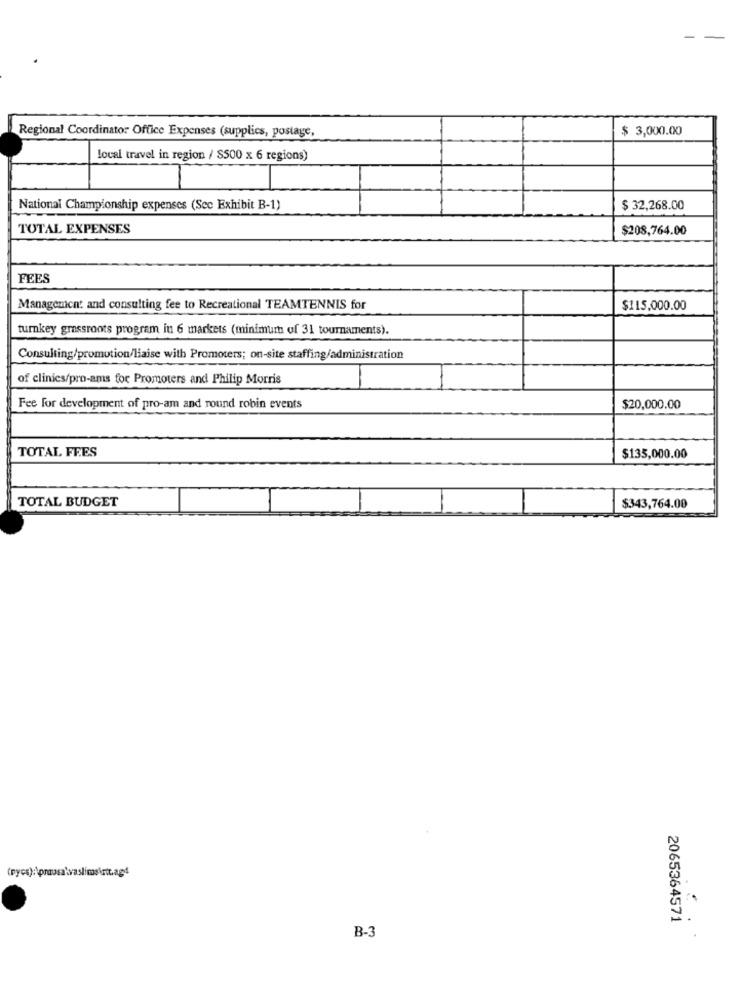
Regional Coordinator Office Expenses (supplies, postage,
$ 3,000.00
local travel in region / S500 x 6 regions)
National Championship expenses (Sec Exhibit B-1)
$ 32,268.00
TOTAL EXPENSES
$208,764.00
FEES
Management and consulting fee to Recreational TEAMTENNIS for
$115.000.00
turnkey grassroots program in 6 markets (minimum of 31 tournaments).
Consulting/promotion/laise with Promoters; on-site staffing/administration
of clinics/pro-ams for Promoters and Philip Morris
Fee for development of pro-am and round robin events
$20,000.00
TOTAL FEES
$135,000.00
TOTAL BUDGET
$343,764.00
2065364571
B-3